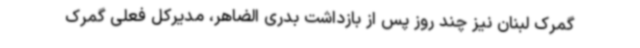
گمرک لبنان نیز چند روز پس از بازداشت بدری الضاهر، مدیرکل فعلی گمرک